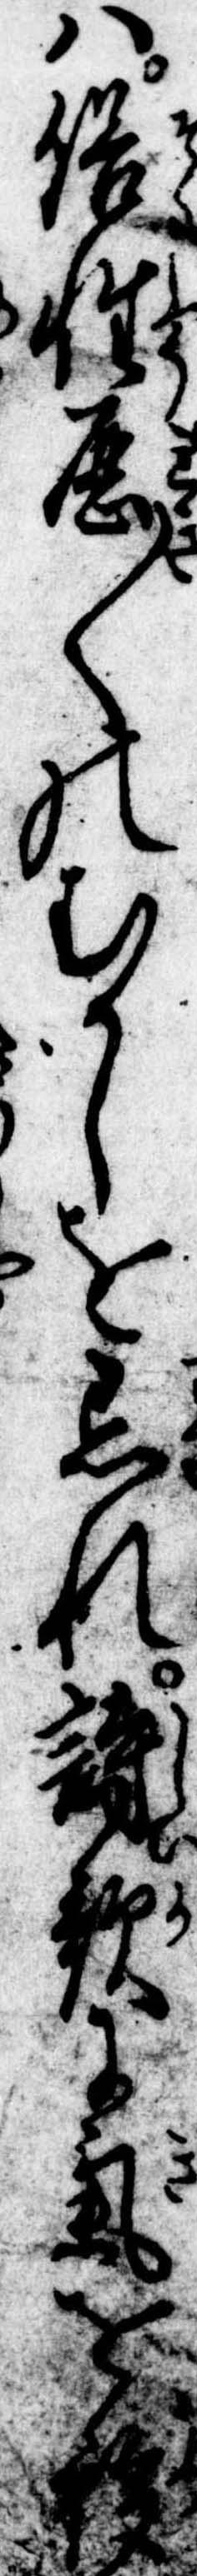
は俗性歴〱のむかしを忘れ詩歌に気を移